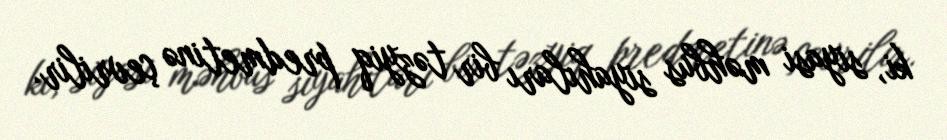
ki, siyasi məhbus siyahıları bir təzyiq predmetinə çevrilir.